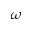
\omega